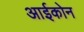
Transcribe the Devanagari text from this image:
आईकोन